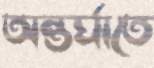
অন্তর্ঘাতে